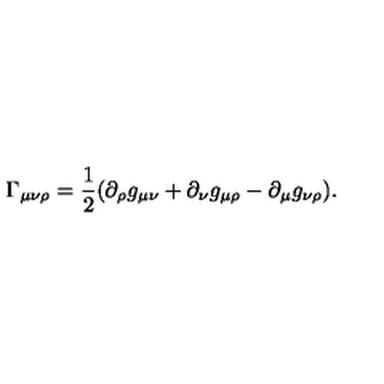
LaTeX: \Gamma _ { \mu \nu \rho } = \frac 1 2 ( \partial _ { \rho } g _ { \mu \nu } + \partial _ { \nu } g _ { \mu \rho } - \partial _ { \mu } g _ { \nu \rho } ) .